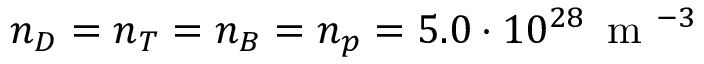
n _ { D } = n _ { T } = n _ { B } = n _ { p } = 5 . 0 \cdot 1 0 ^ { 2 8 } \, \mathrm { ~ m ~ } ^ { - 3 }